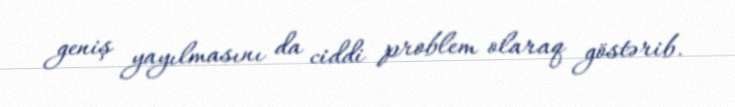
geniş yayılmasını da ciddi problem olaraq göstərib.